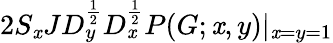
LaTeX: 2S_{\mathit{x}}JD_{y}^{\frac{{1}}{{2}}}D_{\mathit{x}}^{\frac{{1}}{{2}}}P(G;\mathit{x},y)|_{\mathit{x}=y=1}